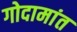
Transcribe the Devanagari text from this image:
गोदामांत